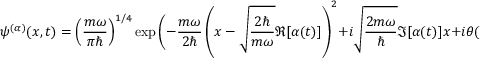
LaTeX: ~ \psi ^ { ( \alpha ) } ( x , t ) = \left( { \frac { m \omega } { \pi \hbar } } \right) ^ { 1 / 4 } \exp { \Bigg ( } - { \frac { m \omega } { 2 \hbar } } \left( x - { \sqrt { \frac { 2 \hbar } { m \omega } } } \Re [ \alpha ( t ) ] \right) ^ { 2 } + i { \sqrt { \frac { 2 m \omega } { \hbar } } } \Im [ \alpha ( t ) ] x + i \theta ( t ) { \Bigg ) } ~ ,